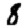
Digit: 8